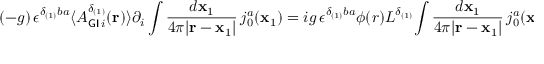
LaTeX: ( - g ) \, { \epsilon } ^ { { \delta } _ { ( 1 ) } b a } \langle { A _ { { \sf G I } \, i } ^ { { \delta } _ { ( 1 ) } } ( { \bf { r } } ) \rangle \partial _ { i } \int \frac { d { \bf x } _ { 1 } } { 4 { \pi } | { \bf r } - { \bf x } _ { 1 } | } \, j _ { 0 } ^ { a } ( { { \bf x } _ { 1 } } } ) = i g \, { \epsilon } ^ { { \delta } _ { ( 1 ) } b a } { \phi } ( r ) L ^ { { \delta } _ { ( 1 ) } } { \int \frac { d { \bf x } _ { 1 } } { 4 { \pi } | { \bf r } - { \bf x } _ { 1 } | } \, j _ { 0 } ^ { a } ( { { \bf x } _ { 1 } } } ) ,